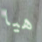
هيا